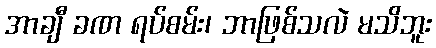
အာချီ ခဏ ရပ်စမ်း၊ ဘာဖြစ်သလဲ မသိဘူး